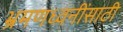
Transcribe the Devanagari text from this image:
भ्रमणध्वनींसाठी